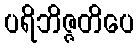
ပရိဘိဇ္ဇတိပေ